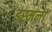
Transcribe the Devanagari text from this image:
इस्मर्ना